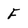
Character: F